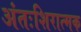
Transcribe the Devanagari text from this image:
अंतःशिरात्मक